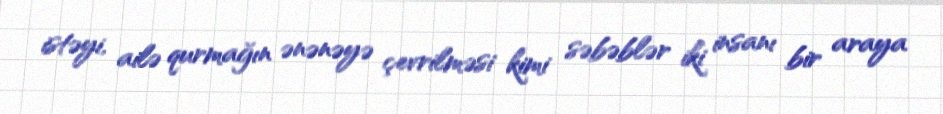
istəyi, ailə qurmağın ənənəyə çevrilməsi kimi səbəblər iki insanı bir araya